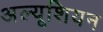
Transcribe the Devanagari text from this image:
अल्यूशियन